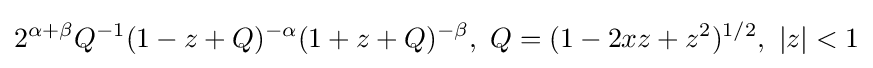
2^{\alpha +\beta }Q^{-1}(1-z+Q)^{-\alpha }(1+z+Q)^{-\beta },\ Q=(1-2xz+z^{2})^{1/2},\ |z|<1